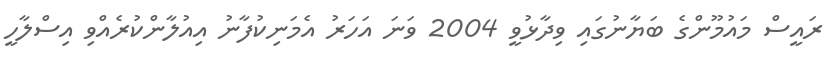
ރައީސް މައުމޫންގެ ބަޔާނުގައި ވިދާޅުވީ 2004 ވަނަ އަހަރު އެމަނިކުފާނު އިއުލާންކުރެއްވި އިސްލާހީ